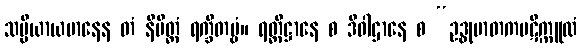
သမ္ပိယာယမာနေန တံ နိမိတ္တံ ရက္ခိတဗ္ဗံ။ ရတ္တိဋ္ဌာနေ စ ဒိဝါဌာနေ စ “ဥဒ္ဓုမာတကပဋိက္ကူလံ